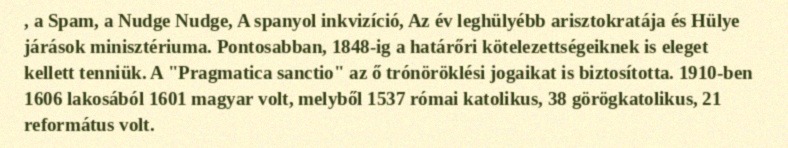
, a Spam, a Nudge Nudge, A spanyol inkvizíció, Az év leghülyébb arisztokratája és Hülye járások minisztériuma. Pontosabban, 1848-ig a határőri kötelezettségeiknek is eleget kellett tenniük. A "Pragmatica sanctio" az ő trónöröklési jogaikat is biztosította. 1910-ben 1606 lakosából 1601 magyar volt, melyből 1537 római katolikus, 38 görögkatolikus, 21 református volt.